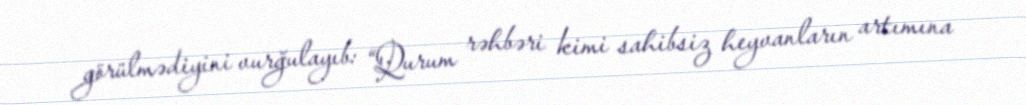
görülmədiyini vurğulayıb: “Qurum rəhbəri kimi sahibsiz heyvanların artımına